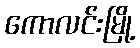
ကောလင်းမြို့